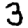
Digit: 3